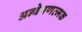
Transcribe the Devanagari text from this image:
अन्वेषणत्मक